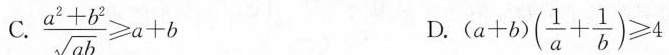
C.$$\frac { a ^ { 2 } + b ^ { 2 } } { \sqrt { a b } } ≥ a + b$$ D.$$( a + b ) ( \frac { 1 } { a } + \frac { 1 } { b } ) ≥ 4$$